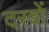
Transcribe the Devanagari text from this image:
दरबों